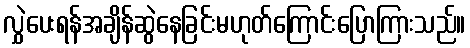
လွှဲပေးရန်အချိန်ဆွဲနေခြင်းမဟုတ်ကြောင်းပြောကြားသည်။